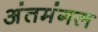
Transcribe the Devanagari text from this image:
अंतमंगल